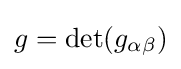
g=\det(g_{\alpha \beta })